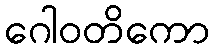
ဂေါဝတိကော